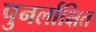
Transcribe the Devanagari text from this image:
पुनर्लाक्षित